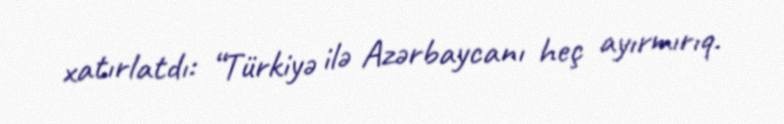
xatırlatdı: “Türkiyə ilə Azərbaycanı heç ayırmırıq.